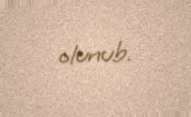
olunub.